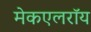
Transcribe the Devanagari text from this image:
मेकएलरॉय